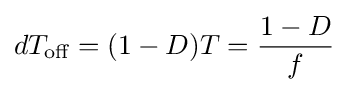
dT_{\text{off}}=(1-D)T={\frac {1-D}{f}}